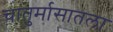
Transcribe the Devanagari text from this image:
चातुर्मासातला